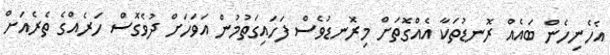
އެހެނިހެން ބައެއް ރޮނޑުތަކާ އެއްގޮތަށް މިރޮނޑުވެސް ފަހައިގަތުމުން އަވަހަށް ދުވެގޮސް ހަރެއްގެ ތެރެއަށް